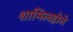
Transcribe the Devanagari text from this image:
शामिलहोने